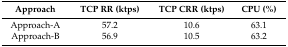
<table><thead><tr><td><b>Approach</b></td><td><b>TCP RR (ktps)</b></td><td><b>TCP CRR (ktps)</b></td><td><b>CPU (%)</b></td></tr></thead><tbody><tr><td>Approach-A</td><td>57.2</td><td>10.6</td><td>63.1</td></tr><tr><td>Approach-B</td><td>56.9</td><td>10.5</td><td>63.2</td></tr></tbody></table>